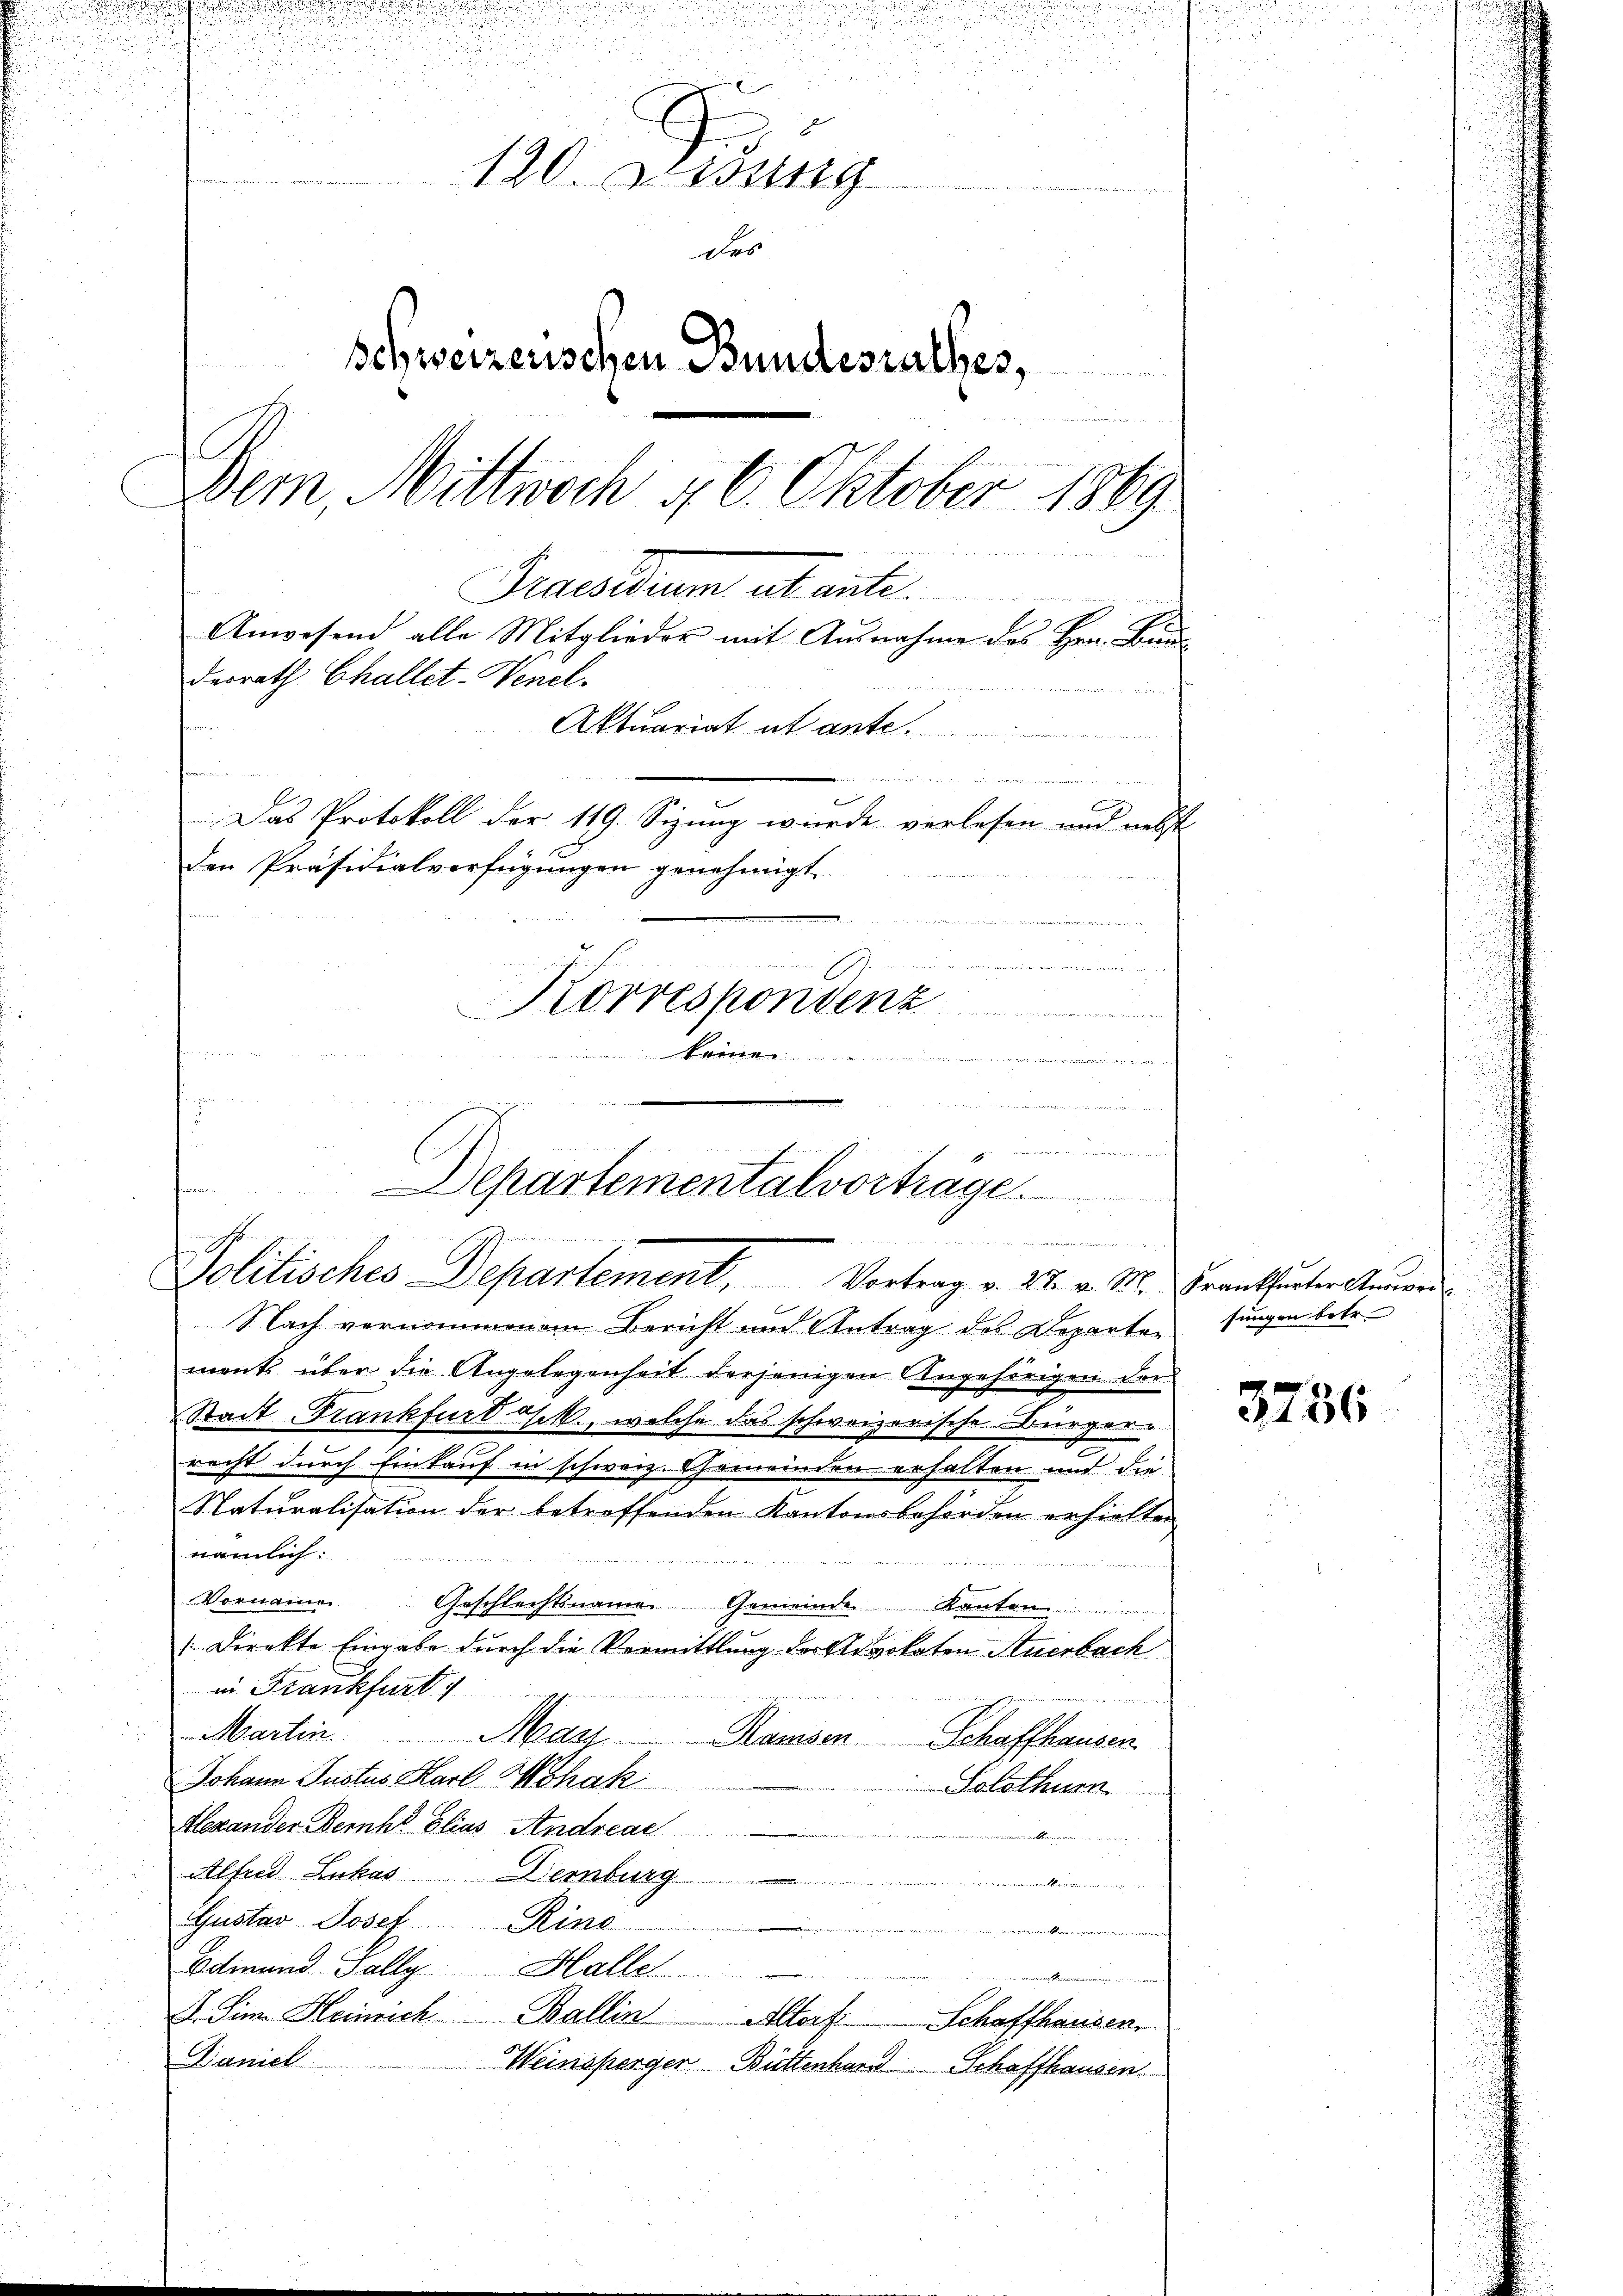
d

2
.
u
120. Jung
des
schweizerischen Bundesrathes,
1
Dem, Mittwoch 16. Oktober 1869
F
Praesum stant.
Anwesend alle Mitglieder mit Ausnahme des Hrn. Bundesrath Challet-Venel.
Aktuariat abante.
n
.
.
Das Protokoll der 119. Sizung wurde verlesen und nebst
den Präsidialverfügungen genehmigt.
u
E
Korrespondenz
wenn
 Gener

.
den wegen
Departementalvorträge.

Politisches Departement, Vortrag v. 28. v. M. Krankheiter Anwei¬
Nach vernommenen Bericht und Antrag des Departen
ment über die Angelegenheit derjenigen Angehörigen der
Stadt Frankfurt chek, welche das schweizerische Bürgerrecht durch Einkauf in schweiz. Gemeinden erhalten und die
Naturalisation der betreffenden Kantonsbehörden erhielten
nämlich:

Vornamen
Geschlechtsname Gemeinde Kanton
Direkte Eingabe durch die Vermittlung der Advokaten Auerbach
in Frankfurt
Martin
Mayz Ramsen
Schaffhausen
Johann Justus Karl Whak
Solothurn
Alexander Bernha Elias Andreas
Alfred Lukas Dernburg
e
Gustav Josef Rino
Edmund Gally Halle
wiriger Recurren
d. Sin. Heinrich Ballin Altorf Schaffhausen,
Daniel
Weinsperger Büttenhard Schaffhausen

3736

sungen betr